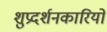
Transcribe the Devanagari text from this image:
शुप्रदर्शनकारियों